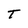
Character: T